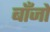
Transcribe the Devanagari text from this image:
बाँजों